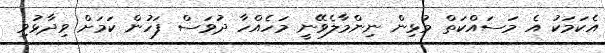
އެކަމަކު އެ މަސައްކަތް މުޅިން ނިންމާލެވޭނީ މަހެއްހާ ދުވަސް ފަހުން ކަމަށް ވިދާޅުވި